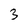
Character: 3